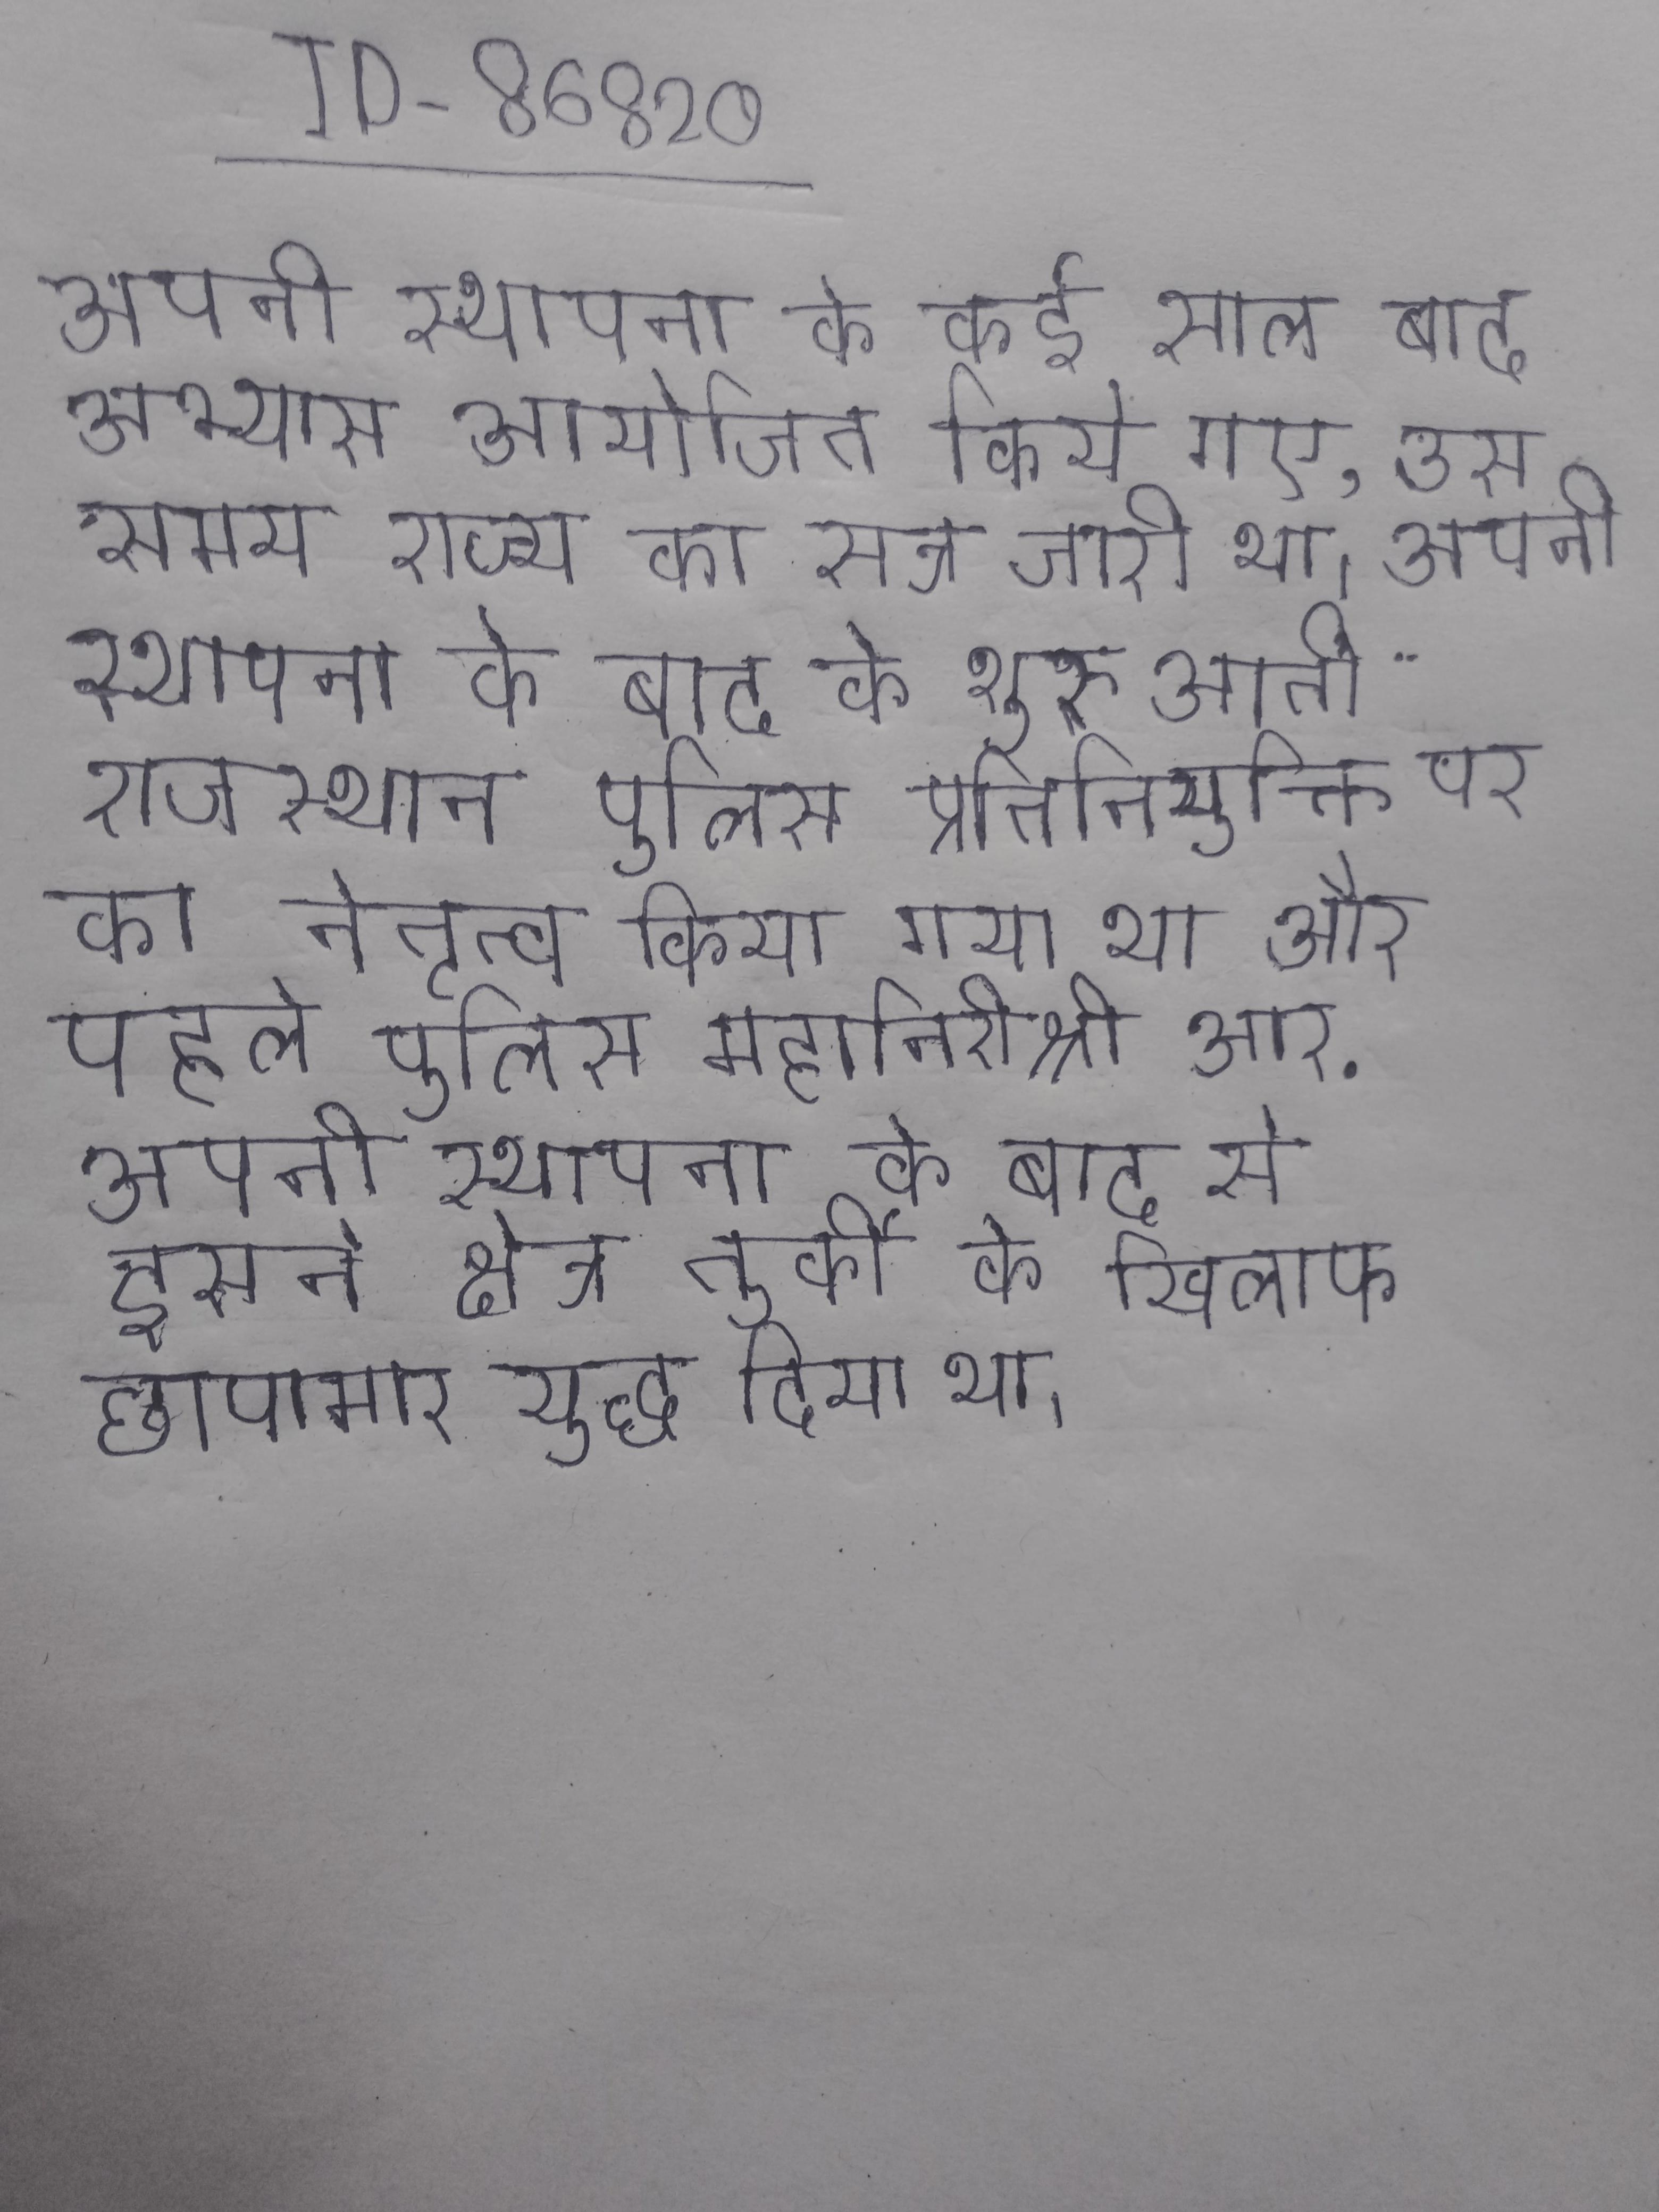
अपनी स्थापना के कई साल बाद अभ्यास आयोजित किये गए, उस समय राज्य का सत्र जारी था । अपनी स्थापना के बाद के शुरुआती राजस्थान पुलिस प्रतिनियुक्ति पर का नेतृत्व किया गया था और पहले पुलिस महानिरीक्षक श्री आर . अपनी स्थापना के बाद से इसने क्षेत्र तुर्की के खिलाफ छापामार युद्ध दिया था ।